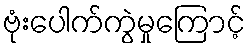
ဗုံးပေါက်ကွဲမှုကြောင့်